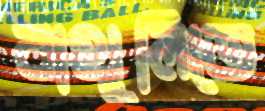
বাথুলিতে